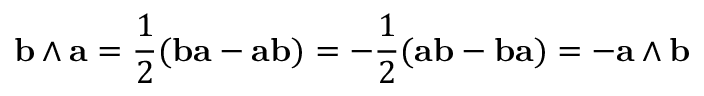
\mathbf { b } \wedge \mathbf { a } = { \frac { 1 } { 2 } } ( \mathbf { b a } - \mathbf { a b } ) = - { \frac { 1 } { 2 } } ( \mathbf { a b } - \mathbf { b a } ) = - \mathbf { a } \wedge \mathbf { b }